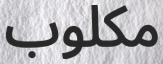
مكلوب